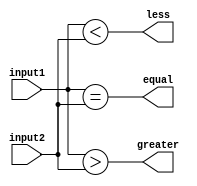
module comparator (
    input [31:0] input1,
    input [31:0] input2,
    output equal,
    output greater,
    output less
);

assign equal = (input1 == input2);
assign greater = (input1 > input2);
assign less = (input1 < input2);

endmodule